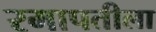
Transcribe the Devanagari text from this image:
रमापतीला